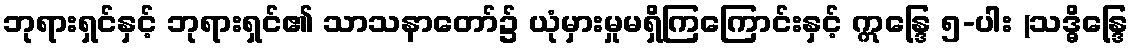
ဘုရားရှင်နှင့် ဘုရားရှင်၏ သာသနာတော်၌ ယုံမှားမှုမရှိကြကြောင်းနှင့် ဣန္ဒြေ ၅-ပါး (သဒ္ဓိန္ဒြေ